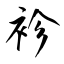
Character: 袗